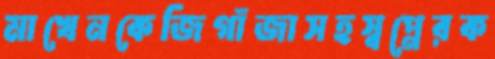
মাখেনকেজিগাঁজাসহস্বপ্নেরক